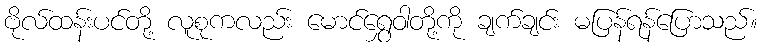
ဗိုလ်ထန်းပင်တို့ လူစုကလည်း မောင်ရွှေဝါတို့ကို ချက်ချင်း မပြန်ရန်ပြောသည်။